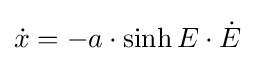
{\dot {x}}=-a\cdot \sinh E\cdot {\dot {E}}